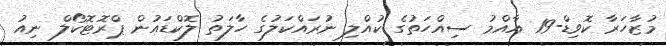
މުޒާހަރާ ކޮވިޑް-19 އާއްމު ސިއްހަތުގެ ކުއްލި ނުރައްކަލުގެ ހާލަތު ލޮކްޑައުން ޕްރޮޓޮކޯލް ނިއު